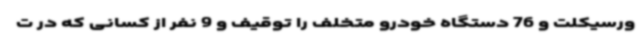
ورسیکلت و 76 دستگاه خودرو متخلف را توقیف و 9 نفر از کسانی که در ت